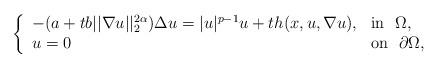
LaTeX: \begin{align*}\left\{\begin{array}{ll}-(a+tb||\nabla u||_2^{2\alpha})\Delta u=|u|^{p-1}u+th(x,u,\nabla u), & \mbox{in}\ \ \Omega,\\u=0 & \mbox{on}\ \ \partial\Omega,\\\end{array}\right.\end{align*}